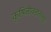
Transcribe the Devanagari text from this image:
कृषिजीवनांतल्या